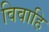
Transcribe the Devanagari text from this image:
विवाहि